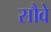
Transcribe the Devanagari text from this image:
सौवे